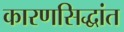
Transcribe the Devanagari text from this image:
कारणसिद्धांत